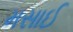
મસાઈ